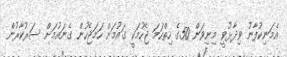
އެމަނިކުފާނު ވިދާޅުވީ މިނިވަން 50ގެ ހިތްހަމަ ޖެހުމަކީ ގައުމަށް ހަމަޖެހުން ގެނައުމަށް ސަރުކާރުން